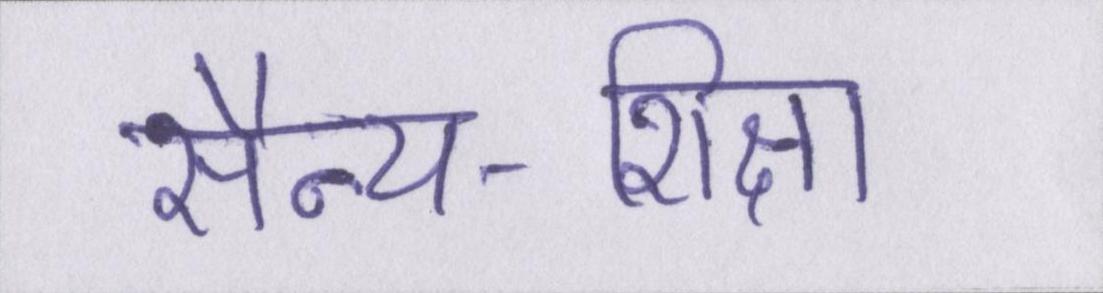
सैन्य-शिक्षा